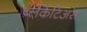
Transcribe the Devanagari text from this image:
ब्लैंकेटिअस